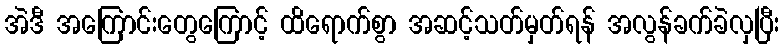
အဲဒီ အကြောင်းတွေကြောင့် ထိရောက်စွာ အဆင့်သတ်မှတ်ရန် အလွန်ခက်ခဲလှပြီး